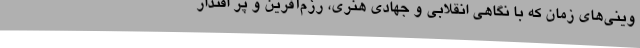
وینی‌های زمان که با نگاهی انقلابی و جهادی هنری، رزم‌آفرین و پر اقتدار